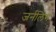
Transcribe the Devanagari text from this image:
जर्नलिंग